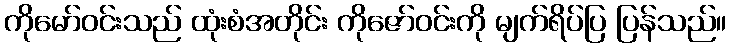
ကိုမော်ဝင်းသည် ထုံးစံအတိုင်း ကိုဇော်ဝင်းကို မျက်ရိပ်ပြ ပြန်သည်။